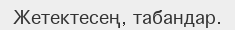
Жетектесең, табандар.